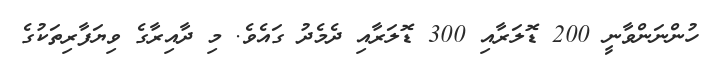
ހުންނަންވާނީ 200 ޑޮލަރާއި 300 ޑޮލަރާއި ދެމެދު ގައެވެ. މި ދާއިރާގެ ވިޔަފާރިތަކުގެ